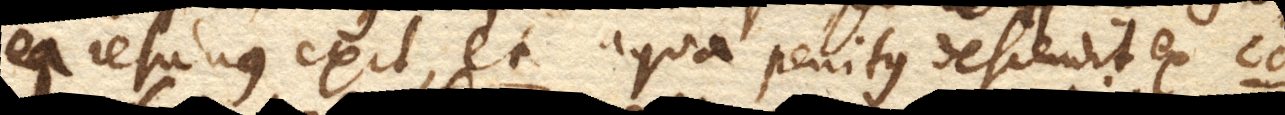
ea resuctus exit, et aqua penitus descendit ex cd.